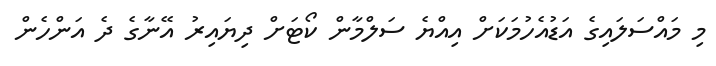
މި މައްސަލައިގެ އަޑުއެހުމަކަށް އިއްޔެ ސަލްމާން ކޯޓަށް ދިޔައިރު އޭނާގެ ދެ އަންހެން